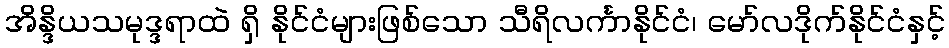
အိန္ဒိယသမုဒ္ဒရာထဲ ရှိ နိုင်ငံများဖြစ်သော သီရိလင်္ကာနိုင်ငံ၊ မော်လဒိုက်နိုင်ငံနှင့်